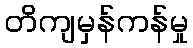
တိကျမှန်ကန်မှု